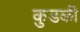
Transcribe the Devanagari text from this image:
कुडकी